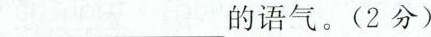
___的语气。（2分）